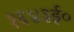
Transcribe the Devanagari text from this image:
१६४३ई०